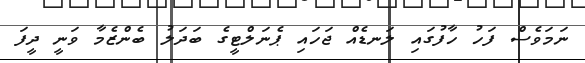
ނަމަވެސް ފަހު ހާފުގައި ލަނޑެއް ޖަހައި ޕެނަލްޓީގެ ބަދަލު ބެންޒެމާ ވަނީ ދީފަ